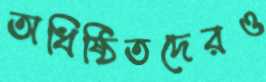
অধিষ্ঠিতদেরও